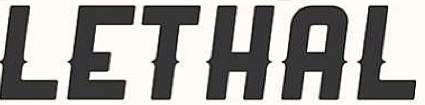
LETHAL